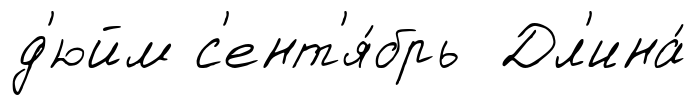
д'юйм с'ент'я́брь Дл'ина́